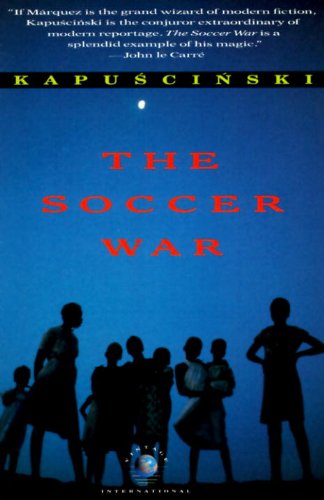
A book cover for The Soccer War; Ryszard Kapuscinski; Biographies & Memoirs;